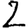
Digit: 2